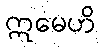
ဣမေဟိ